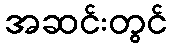
အဆင်းတွင်